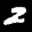
Label: 2